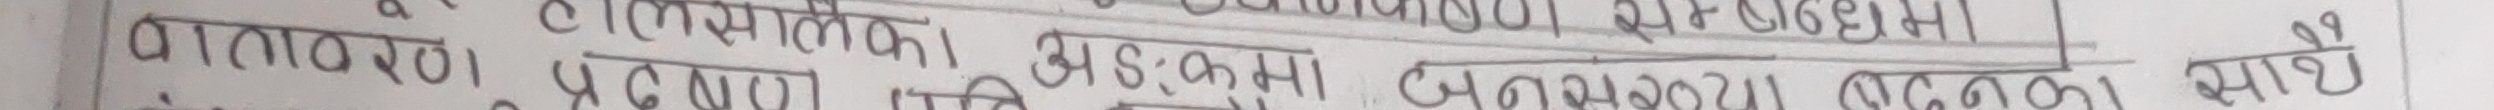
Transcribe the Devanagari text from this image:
वातावरण का (लिम्फोसाइट) अड़सठ नब्बे लाख साढे।
कण प्रलिपि मा अड़सठ नब्बे लाख ब्या। हो।